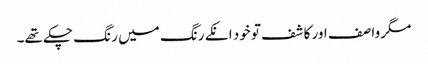
مگر وا صف اور کا شف تو خود انکے رنگ میں ر نگ چکے تھے۔